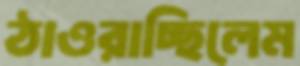
ঠাওরাচ্ছিলেম